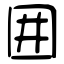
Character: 囲